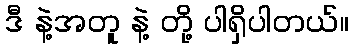
ဒီ နဲ့အတူ နဲ့ တို့ ပါရှိပါတယ်။